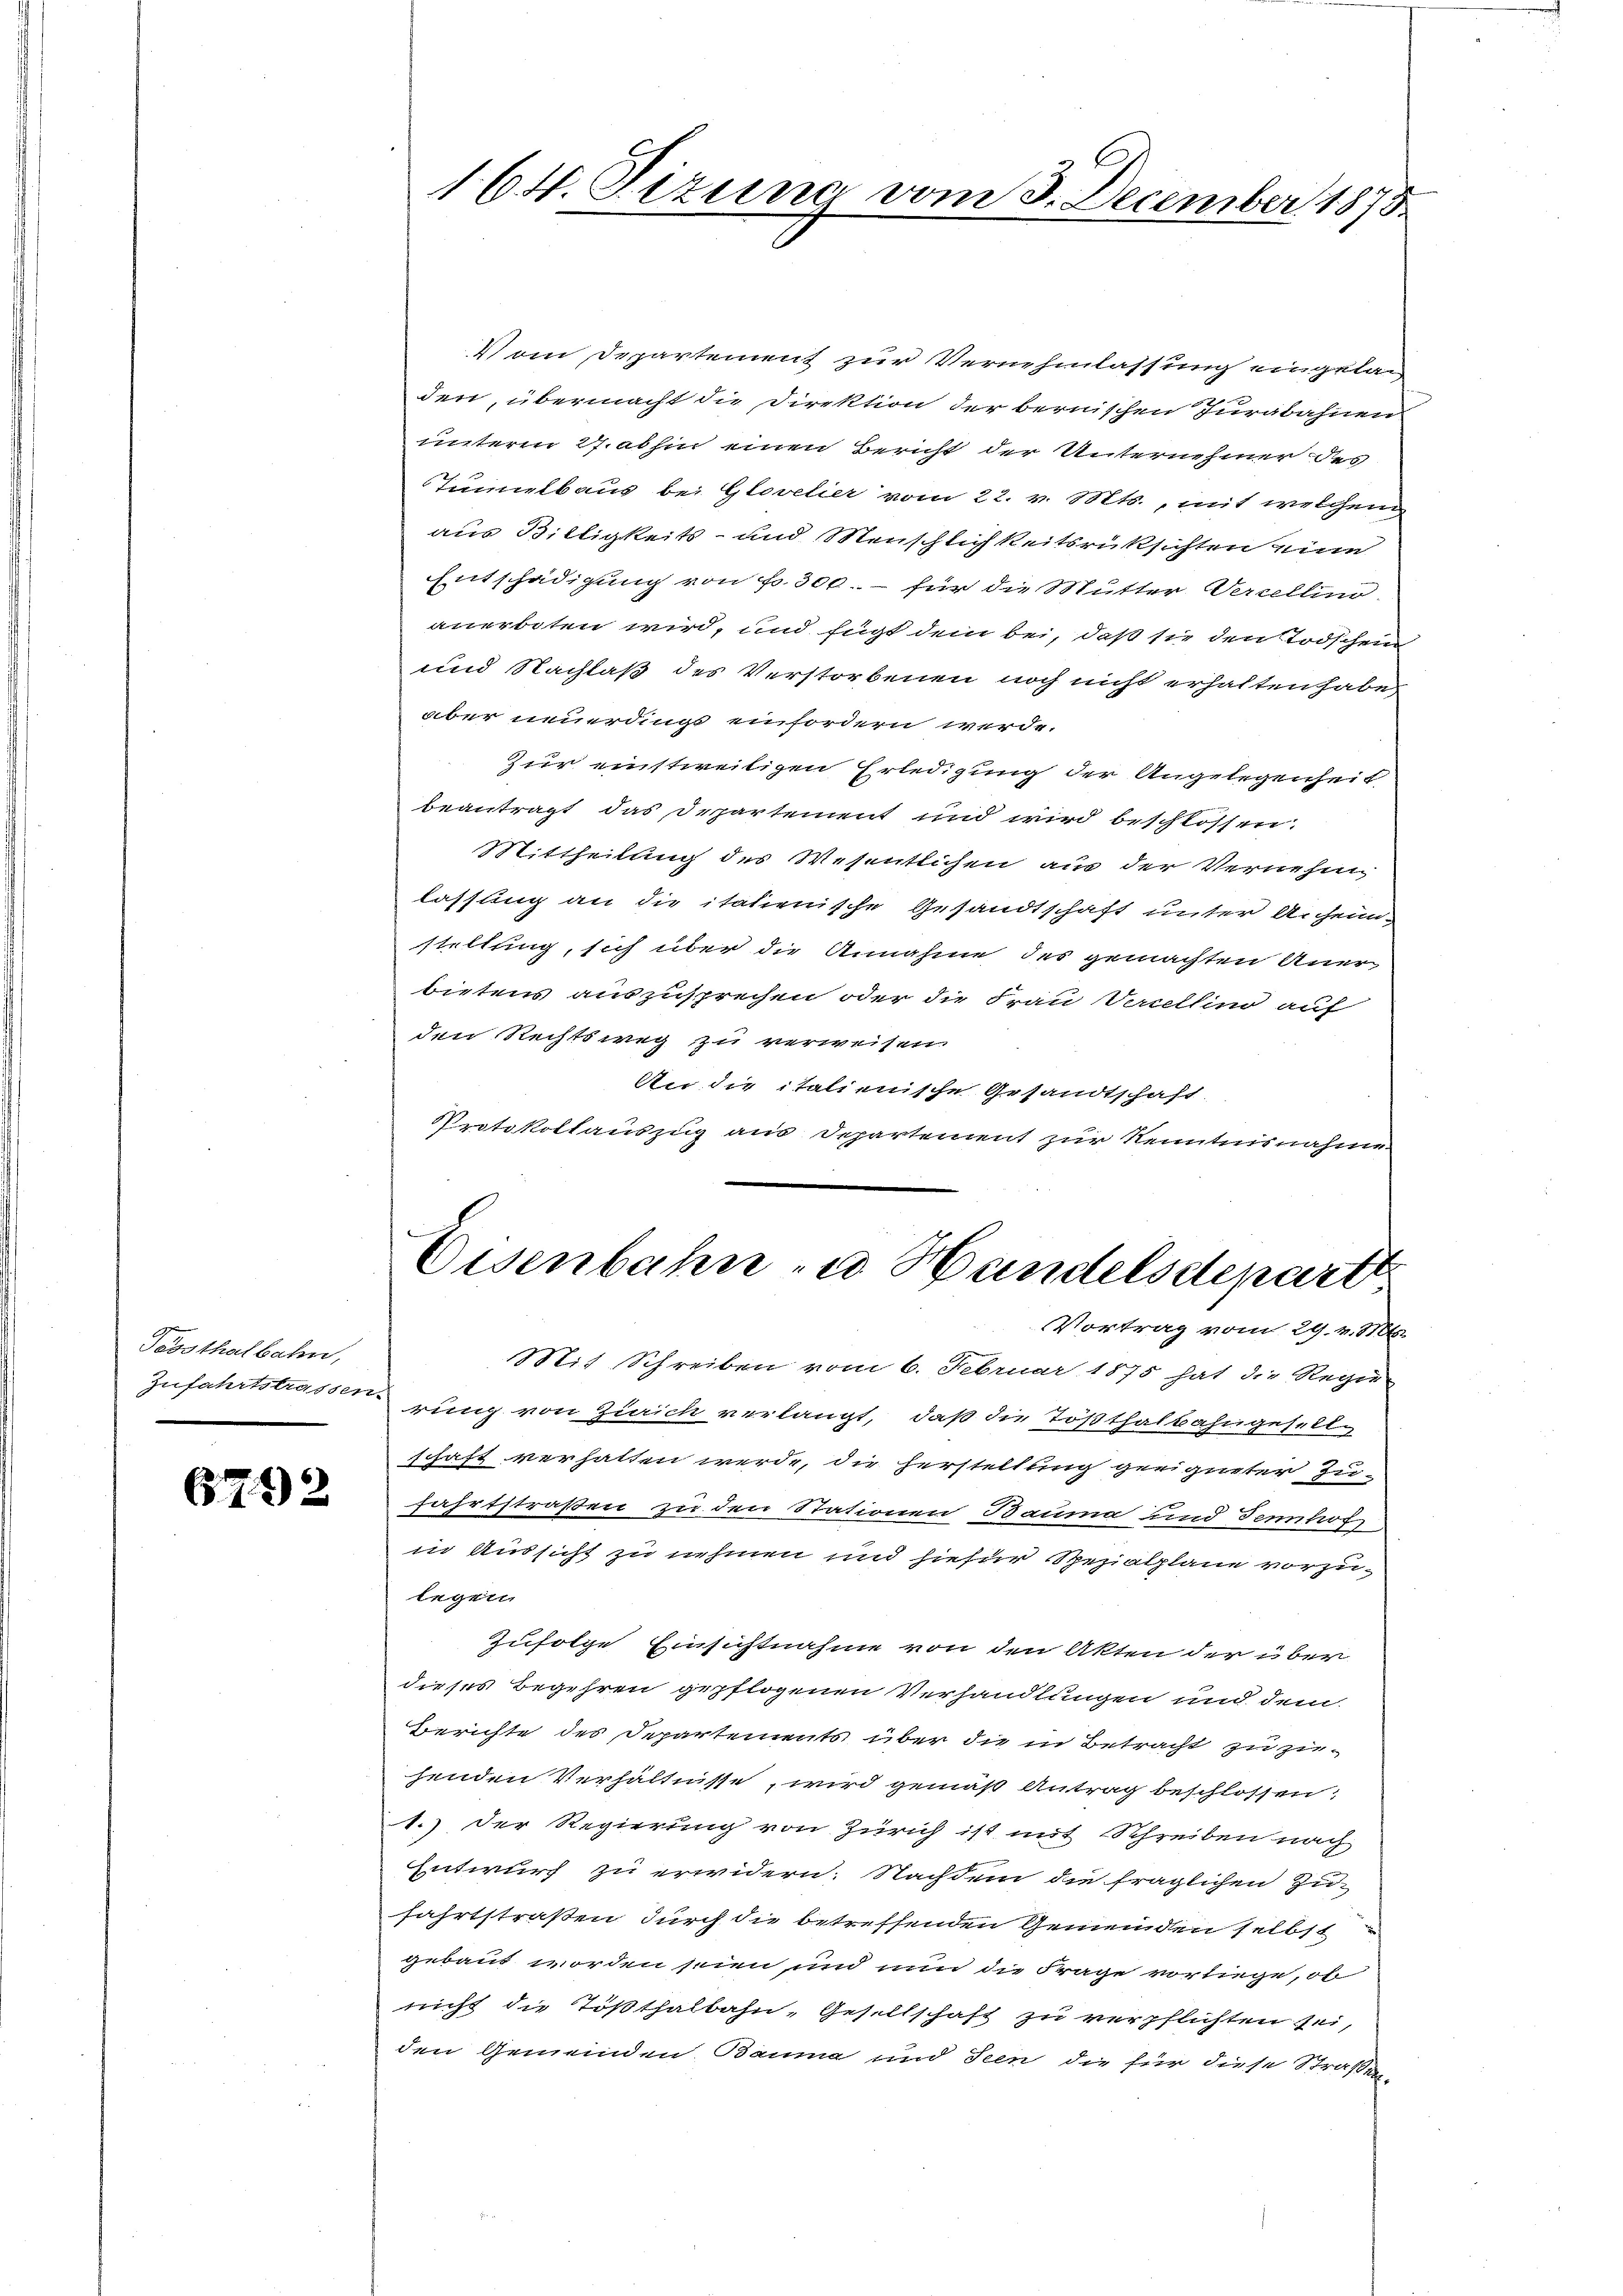
Teosthalbahn,

6712

164. Sizung vom 3. December 1873.

Vom Departement zur Vernehmlassung eingelan
den, übermacht die Direktion der bernischen Jurabahnen
unterm 27. abhin einen Bericht der Unternehmer des
Tuielbaus bei Glovelier vom 22. v. Mts., mit welchen
aus Billigkeits- und Menschlichkeitsrüksichten eine
Entschädigung von fr. 300.- für die Mutter Verzellin
anerboten wird, und fügt dem bei, daß sie den Todschein
und Nachlaß des Verstorbenen noch nicht erhalten habe,
aber neuerdingt einfordern werde.
Zur einstweiligen Erledigung der Angelegenheit
beantragt das Departement und wird beschlossen.
Mittheilung des Wesentlichen aus der Vernehm
lassung an die italienische Gesandtschaft unter Anheimstellung, sich über die Annahme des gemachten Anerbietens auszusprechen oder die Frau Verellino auf
den Rechtsweg zu verweisen.
An die italienische Gesandtschaft
Protokollauszug aus Departement zur Kenntnisnahme

Eisenbahn zu Handelsdeparte
Vortrag vom 29. v. Mts.

Mit Schreiben vom 6. Februar 1875 hat die Regie¬
Zufahrtstrassen rung von Zürich verlangt, daß die Tößthalbahngesellschaft verhalten werde, die herstellung geeigneter Zu-
fahrtstraßen zu den Stationen Bauma und Fennhof
in Aussicht zu nehmen und hiefür Spezialpläne vorzulegen
Zufolge Einsichtnahme von den Akten der über
dieses Begehren gepflogenen Verhandlungen und dem
Berichte des Departements über die in Betracht zu zuhenden Verhältnisse wird gemäß Antrag beschlossen:
1.) Der Regierung von Zürich ist mit Schreiben nach
Entwurf zu erwidern. Nachdem die fraglichen Zu-
fahrtstraßen durch die betreffenden Gemeinden selbst
gebaut worden seien und nun die Frage vorliege, ob
nicht die Tößthalbahn, Gesellschaft zu verpflichten sei,
den Gemeinden Bauma und Seen die für diese Straßen-